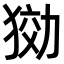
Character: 𤟋